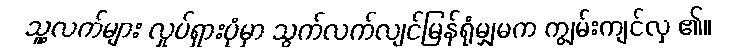
သူ့လက်များ လှုပ်ရှားပုံမှာ သွက်လက်လျင်မြန်ရုံမျှမက ကျွမ်းကျင်လှ ၏။